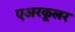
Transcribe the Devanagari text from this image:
एअरकूलर